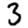
Digit: 3